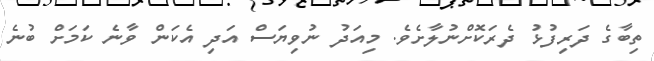
ތިބާގެ ދަރިފުޅު ދެރަކޮށްނުލާށެވެ. މިއަދު ނުވިޔަސް އަދި އެކަން ވާނެ ކަމަށް ބުނެ